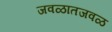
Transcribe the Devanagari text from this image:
जवळातजवळ